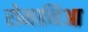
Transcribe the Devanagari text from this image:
रोमानिआ